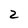
Character: 2